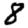
Digit: 8